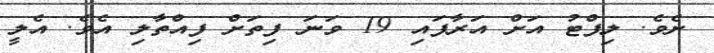
ށެވެ. ލިފްޓު އަށް އަރާފައި 19 ވަނަ ފިތަށް ފިއްތާލި އެވެ. އެލީ